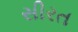
સીરત